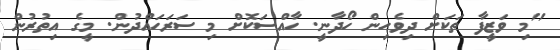
"މި ވަޒީފާ ތަކަށް ދިވެހިން ހޯދާނީ. ހާއްސަކޮށް މި ސަރަހައްދުން. މީގެ އިތުރުން